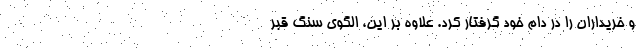
و خریداران را در دام خود گرفتار کرد. علاوه بر این، الگوی سنگ قبر